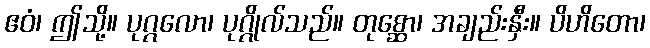
ဧဝံ၊ ဤသို့။ ပုဂ္ဂလော၊ ပုဂ္ဂိုလ်သည်။ တုစ္ဆော၊ အချည်းနှီး။ ပိဟိတော၊